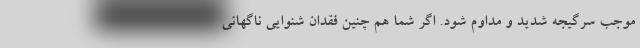
موجب سرگیجه شدید و مداوم شود. اگر شما هم چنین فقدان شنوایی ناگهانی